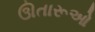
ઊતારૂઓ